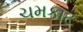
ચમકાટ